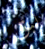
لبق